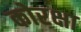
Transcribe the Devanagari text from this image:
कोरक्षा